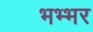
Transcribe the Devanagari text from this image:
भभ्भर